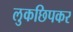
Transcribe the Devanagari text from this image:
लुकछिपकर